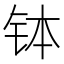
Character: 钵